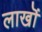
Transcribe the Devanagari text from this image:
लाखॊं